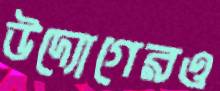
উদ্যোগেরও